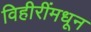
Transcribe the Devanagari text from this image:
विहीरींमधून